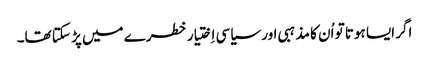
‏ اگر ایسا ہوتا تو اُن کا مذہبی اور سیاسی اِختیار خطرے میں پڑ سکتا تھا۔